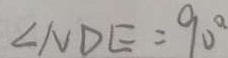
\angle N D E = 9 0 ^ { \circ }